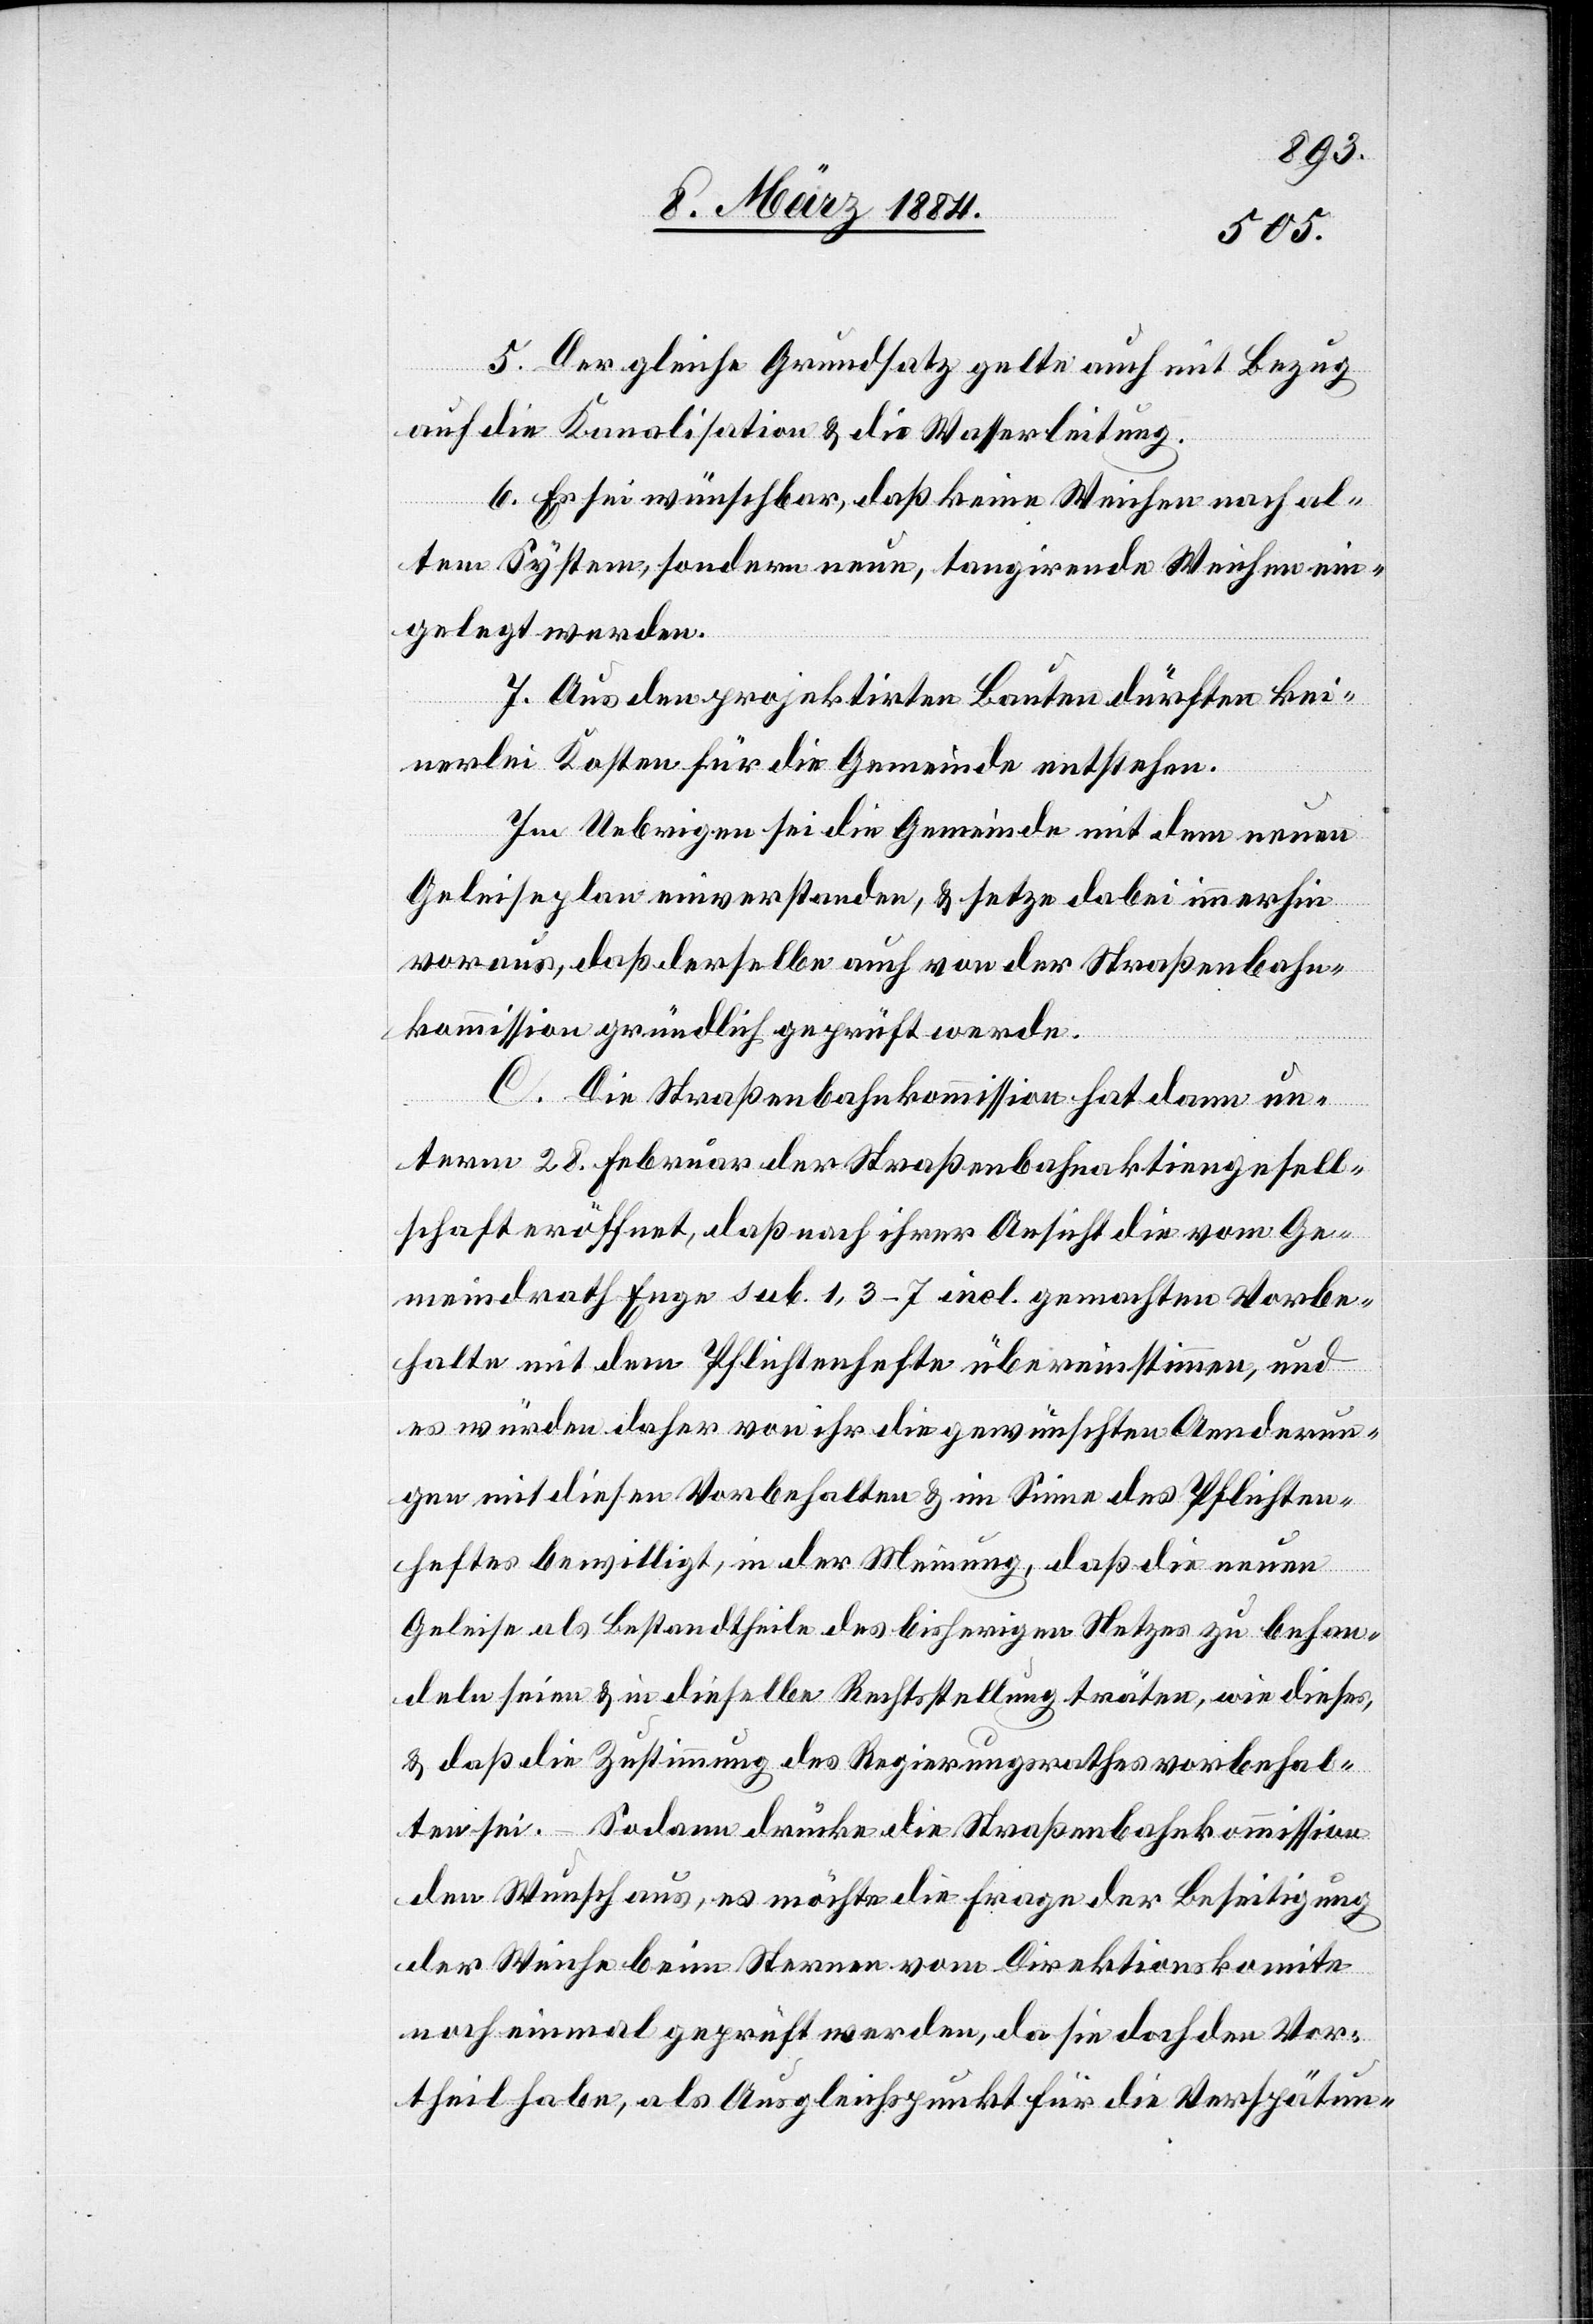
5. Der gleiche Grundsatz gelte auch mit Bezug
auf die Kanalisation & die Wasserleitung.
6. Es sei wünschbar, daß keine Weichen nach al¬
tem System, sondern neue, tangirende Weichen ein¬
gelegt werden.
7. Aus den projektirten Bauten dürften kei¬
nerlei Kosten für die Gemeinde entstehen.
Im Uebrigen sei die Gemeinde mit dem neuen
Geleiseplan einverstanden, & setze dabei immerhin
voraus, daß derselbe auch von der Straßenbahn¬
kommission gründlich geprüft werde.
C. Die Straßenbahnkommission hat dann un¬
term 28. Februar der Straßenbahnaktiengesell¬
schaft eröffnet, daß nach ihrer Ansicht die vom Ge¬
meindrath Enge sub. 1, 3–7 incl. gemachten Vorbe¬
halte mit dem Pflichtenhefte übereinstimmen, und
es würden daher von ihr die gewünschten Aenderun¬
gen mit diesen Vorbehalten & im Sinne des Pflichten¬
heftes bewilligt, in der Meinung, daß die neuen
Geleise als Bestandtheile des bisherigen Netzes zu behan¬
deln seien & in dieselbe Rechtsstellung träten, wie dieses,
& daß die Zustimmung des Regierungsrathes vorbehal¬
ten sei. – Sodann drücke die Straßenbahnkommission
den Wunsch aus, es möchte die Frage der Beseitigung
der Weiche beim Sternen vom Direktionskomite
noch einmal geprüft werden, da sie doch den Vor¬
theil habe, als Ausgleichspunkt für die Verspätun-